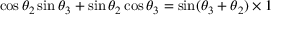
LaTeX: \cos \theta _ { 2 } \sin \theta _ { 3 } + \sin \theta _ { 2 } \cos \theta _ { 3 } = \sin ( \theta _ { 3 } + \theta _ { 2 } ) \times 1